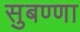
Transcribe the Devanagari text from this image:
सुबण्णा